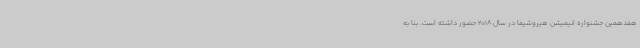
هفدهمین جشنواره انیمیشن هیروشیما در سال 2018 حضور داشته است. بنا به